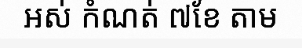
អស់ កំណត់ ៧ខែ តាម